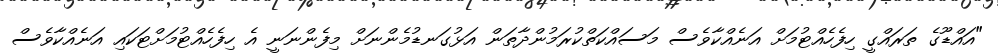
"އައްޑޫގެ ތަރައްގީ ހިފެހެއްޓުމަށް އަނެއްކާވެސް މަސައްކަތްކުރަމުންދާތަން އަޅުގަނޑުމެންނަށް މިފެންނަނީ އެ ހިފެހެއްޓުމަށްޓަކައި އަނެއްކާވެސް